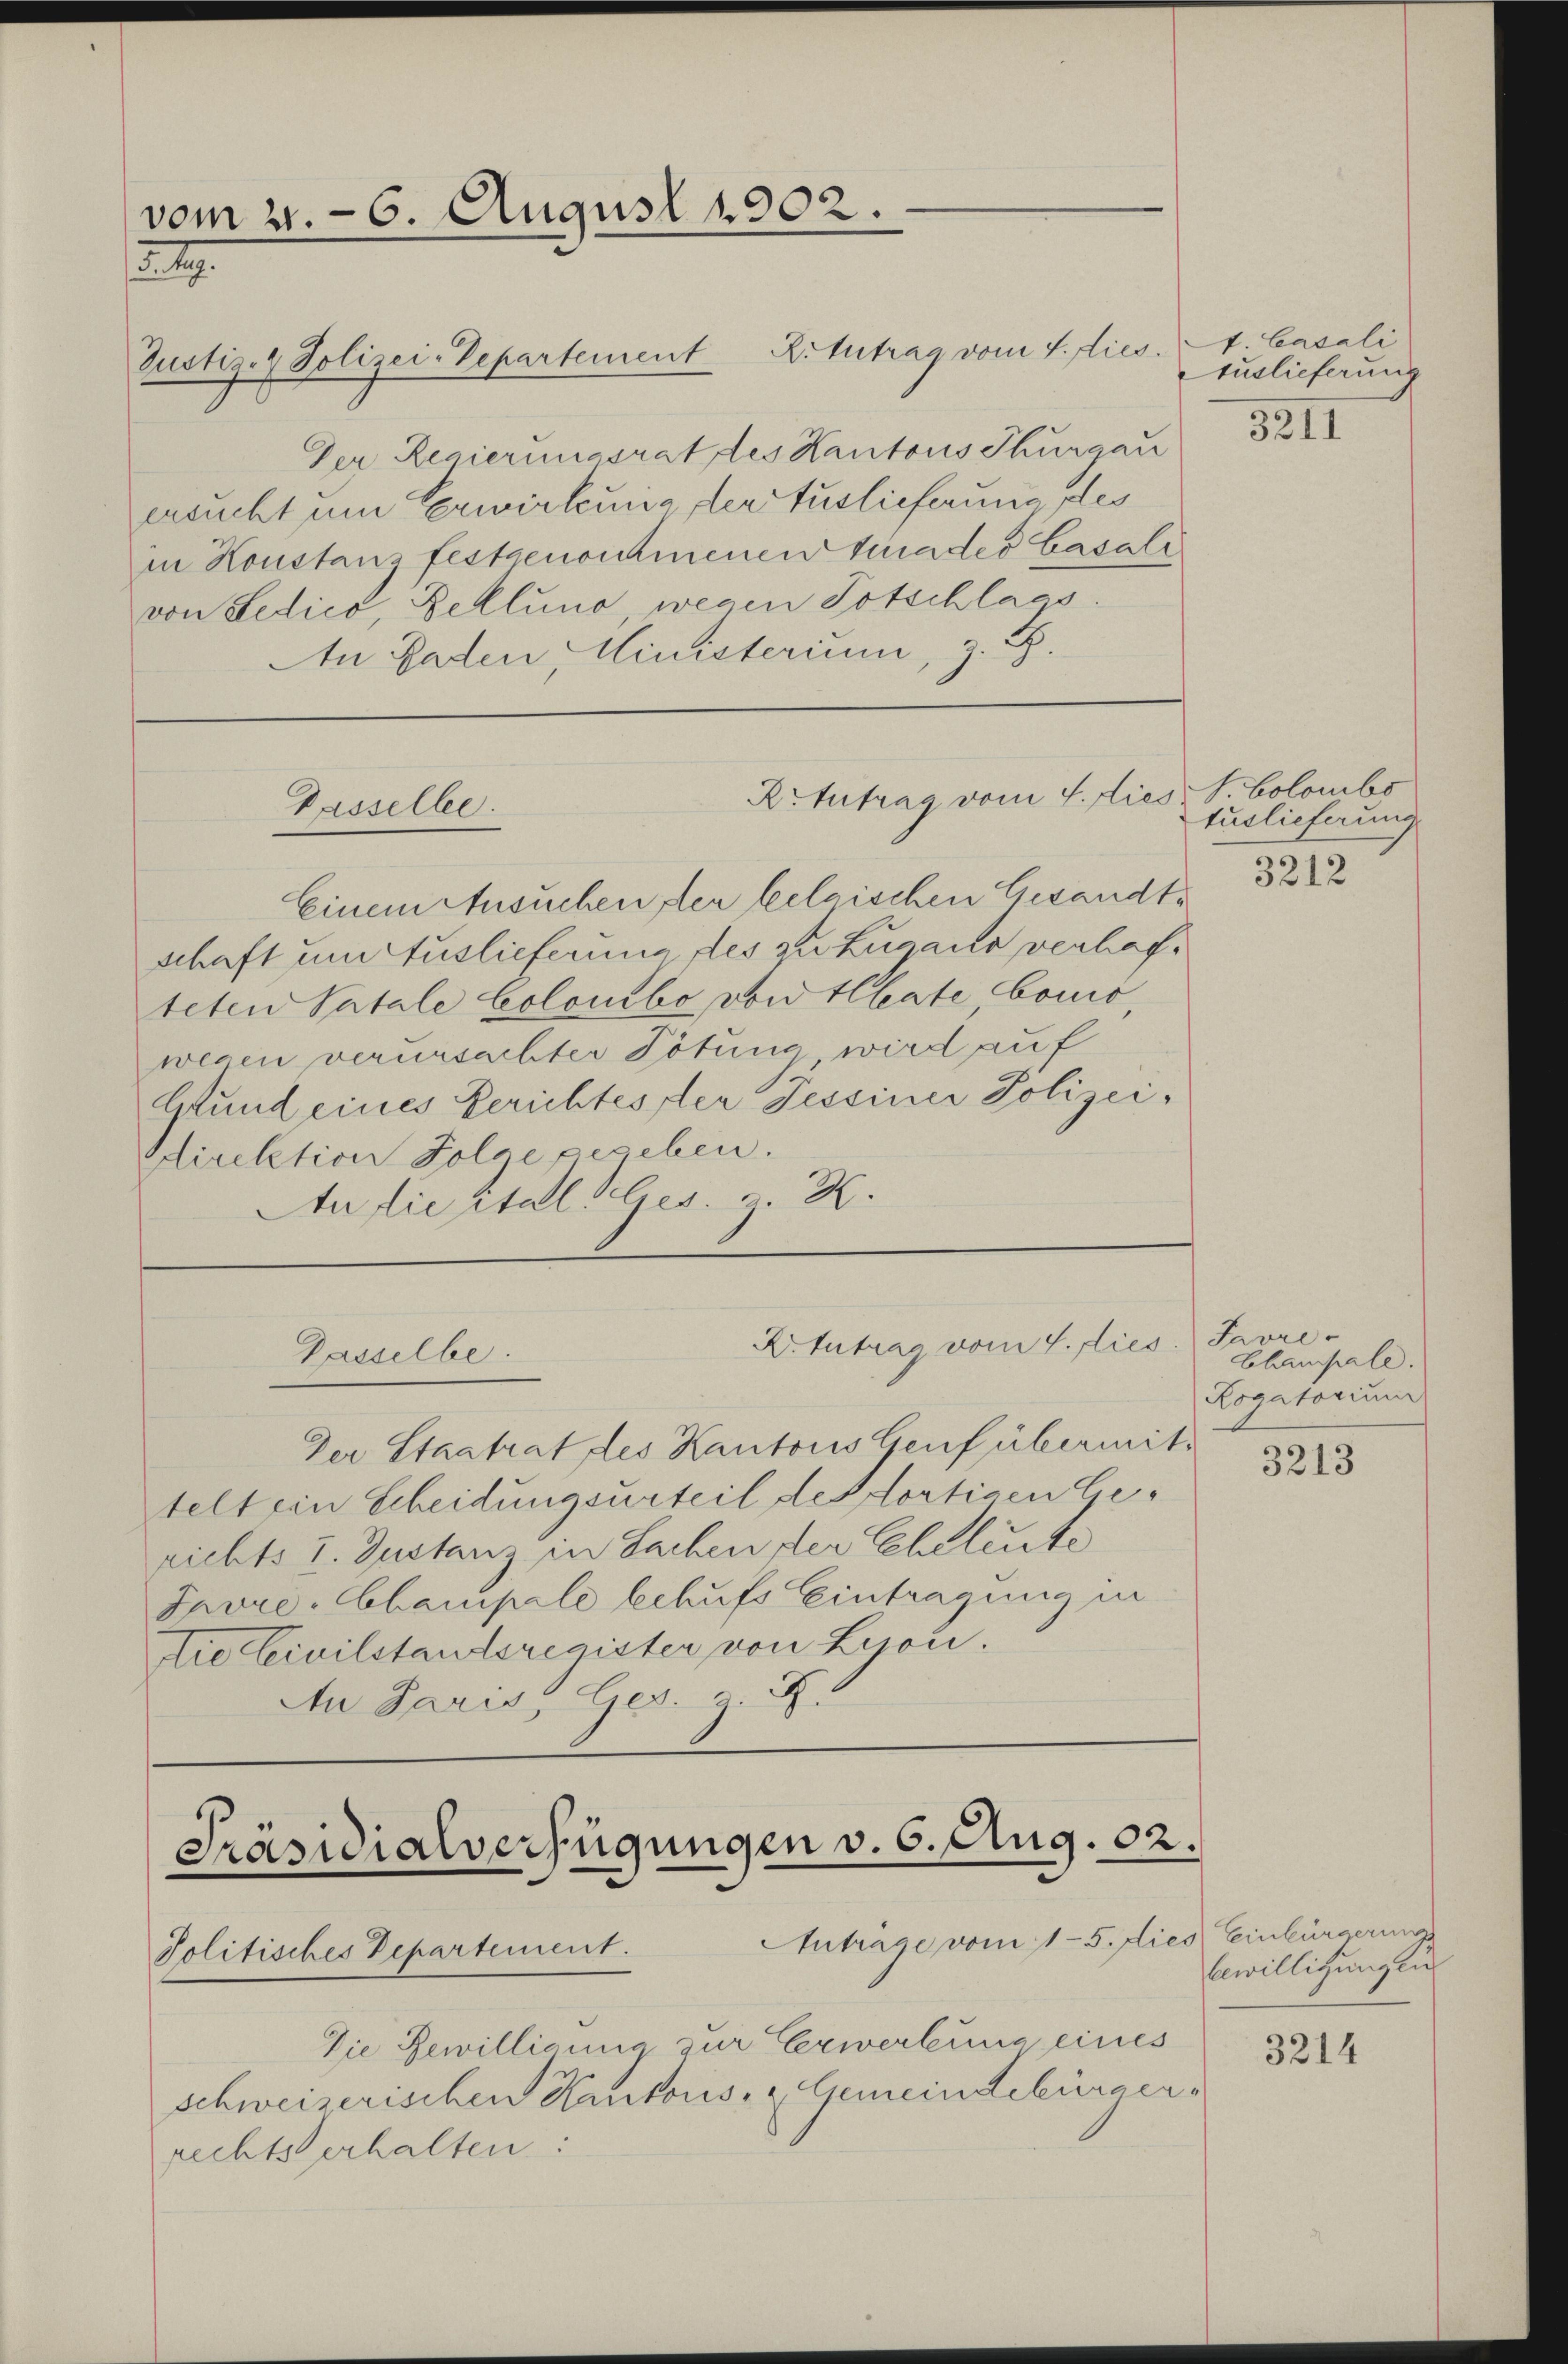
vom 21. 6. August 1902.
29.
Justiz- & Polizei-Departement Rittrag vom 4. dies

Der Regierungsrat des Kantons Thurgau
ersucht um Erwirkung der Auslieferung des
in Konstanz festgenommenen Grades Casali
von Ledico, Deklung, wegen Totschlags.
An Baden, Ministerium, z. B.

Gasselbe.

Rrtutrag vom 4. dies V. Colombs

X. Antrag vom 1. dies
Gasselbe.

Präsidialverfügungen v. 6. Aug. 02.
Anträge vom 15. dies Einbürgerung
Politisches Departement.

Die Bewillianna zur Erwerbung eines
schweizerischen Kantons- & Gemeindebürger¬

rechts erhalten:

Einem Ansuchen der belgischen Gesandtschaft um Auslieferung des zu Zugano verhafteten Patale Colonibo von Heute, bonio,
wegen verursachter Tötung wird auf
Grund eines Berichtes der Tessiner Polizei¬
Direktion Folge pereben.
An die itals Ges. v. R.

Der Staatrat des Kantons Genf übermittelt ein Scheidungsurteil des dortigen Gerichts 1. Justanz in Sachen der Eheleute
Favre-Champale behufs Eintragung in
tie Servilstandsregister von Lyon.
Au Paris, Ges. S.

t. Casali
Auslieferung

3211

tuslieferung
3212

Javre -
Champall.
Rogatorium
3213

bewilligungen

3214